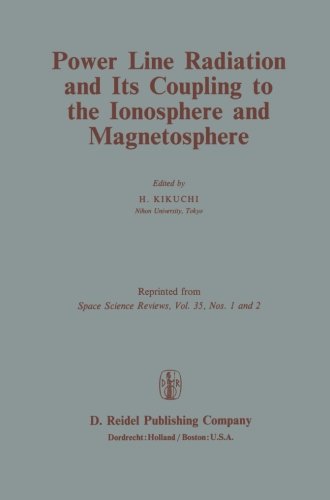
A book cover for Power Line Radiation and Its Coupling to the Ionosphere and Magnetosphere (Volume 35); Science & Math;